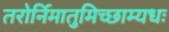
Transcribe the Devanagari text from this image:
तरोर्निमातुमिच्छाम्यधः